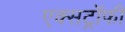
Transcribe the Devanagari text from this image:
एक्सट्रॉफी